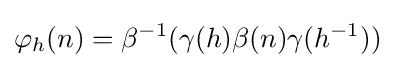
\varphi _{h}(n)=\beta ^{-1}(\gamma (h)\beta (n)\gamma (h^{-1}))